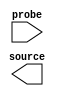

module p_sine (
	source,
	probe);	

	output	[0:0]	source;
	input	[11:0]	probe;
endmodule